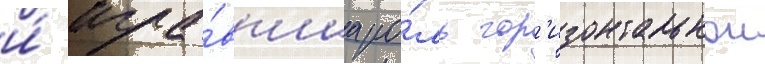
и́ игра́вшаа ро́ль гор'изонтальнои